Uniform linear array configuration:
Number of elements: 12
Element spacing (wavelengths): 0.75
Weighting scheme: uniform
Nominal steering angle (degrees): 45
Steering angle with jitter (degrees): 46.091
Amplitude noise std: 0.05
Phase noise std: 0.05

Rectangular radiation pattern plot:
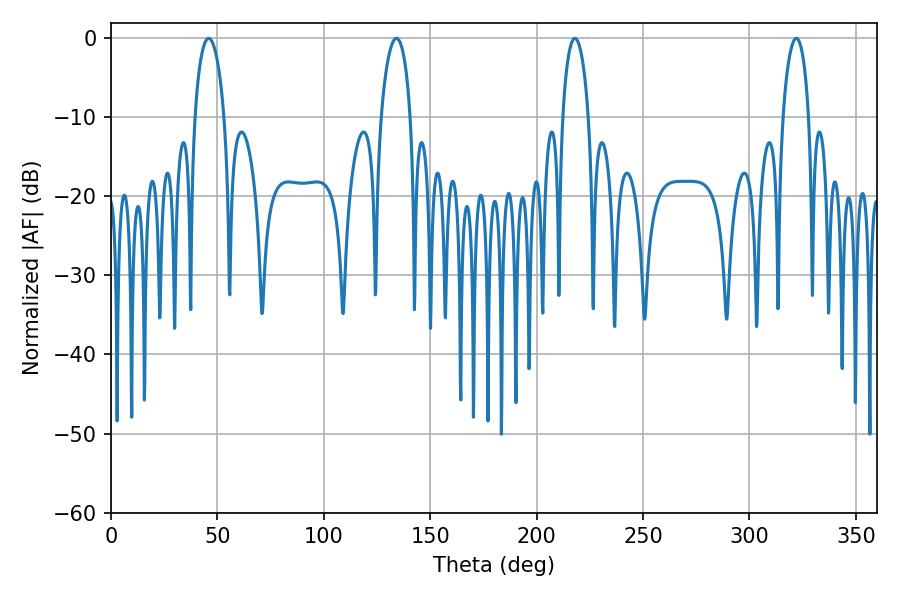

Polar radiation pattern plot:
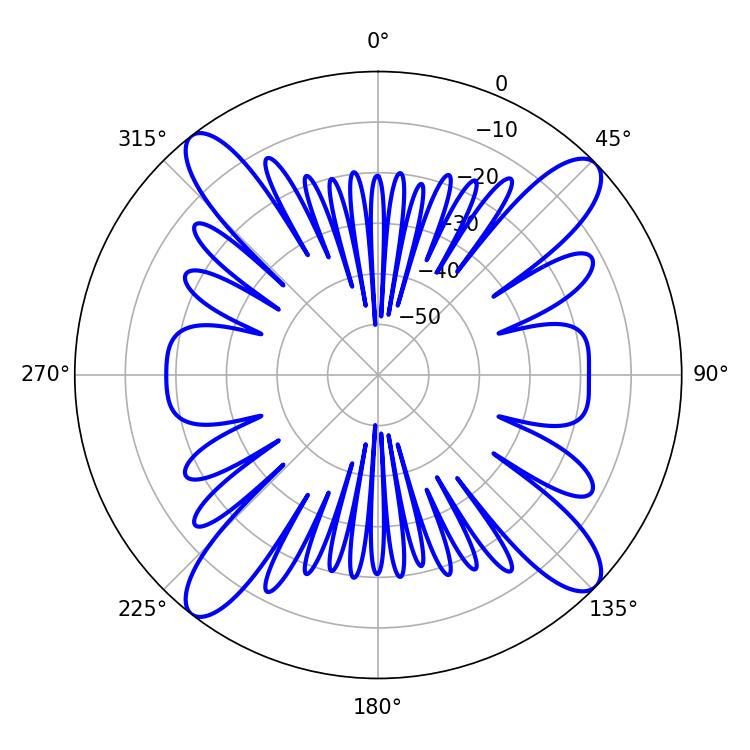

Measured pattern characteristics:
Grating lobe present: TRUE
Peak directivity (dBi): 15.575
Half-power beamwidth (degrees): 7.02
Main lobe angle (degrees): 217.98